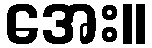
အေး။